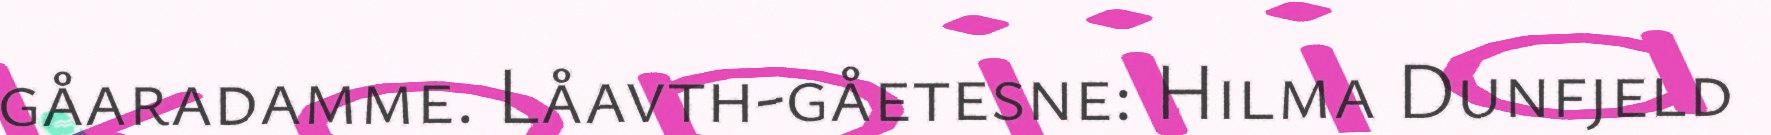
gåaradamme. Låavth-gåetesne: Hilma Dunfjeld